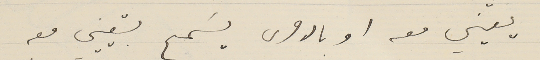
يعَيّني معه او بالاحرى يسَمح بتعييني معه